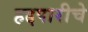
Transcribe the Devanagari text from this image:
हद्दपारीचे